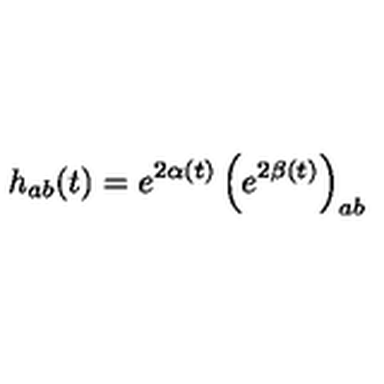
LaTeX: h _ { a b } ( t ) = e ^ { 2 \alpha ( t ) } \left( e ^ { 2 \beta ( t ) } \right) _ { a b }